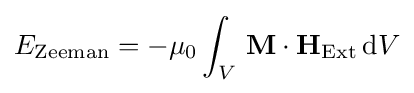
E_{\rm {Zeeman}}=-\mu _{0}\int _{V}\,{\textbf {M}}\cdot {\textbf {H}}_{\rm {Ext}}\,\mathrm {d} V